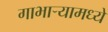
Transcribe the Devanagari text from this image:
गाभाऱ्यामध्ये